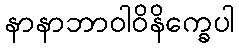
နာနာဘာဝါဝိနိက္ခေပါ